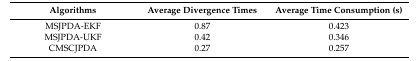
| Algorithms | Average Divergence Times | Average Time Consumption (s) |
 | --- | --- | --- |
 | MSJPDA-EKF | 0.87 | 0.423 |
 | MSJPDA-UKF | 0.42 | 0.346 |
 | CMSCJPDA | 0.27 | 0.257 |